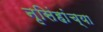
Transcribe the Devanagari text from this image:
नृसिंहांंच्या